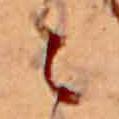
々